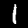
Digit: 1